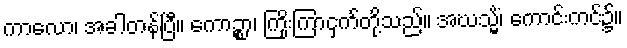
ကာလော၊ အခါတန်ပြီ။ ကောဉ္စာ၊ ကြိုးကြာငှက်တို့သည်။ အဃသ္မိံ၊ ကောင်းကင်၌။